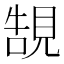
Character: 𧠼